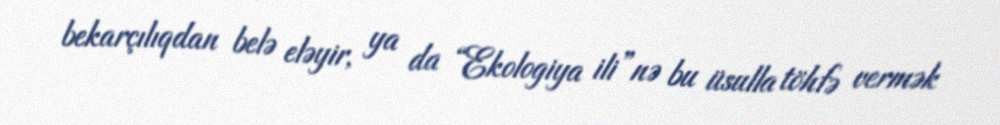
bekarçılıqdan belə eləyir, ya da “Ekologiya ili”nə bu üsulla töhfə vermək